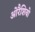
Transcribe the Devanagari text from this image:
ओरैशियो